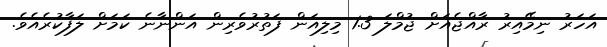
އަހަރު ނިމޭއިރު ރާއްޖެއަށް ޖުމްލަ 1.3 މިލިއަން ފަތުރުވެރިން އަންނާނެ ކަމަށް ލަފާކުރެއެވެ.